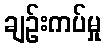
ချဉ်းကပ်မှု